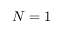
N = 1